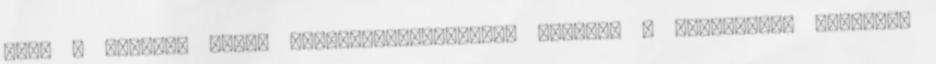
hogy a TMB-ken folyó személyeskedésekkel szemben a szokottnál keményen